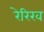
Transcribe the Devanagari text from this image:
रेरिख